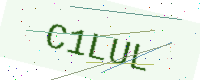
Text: C1LUL